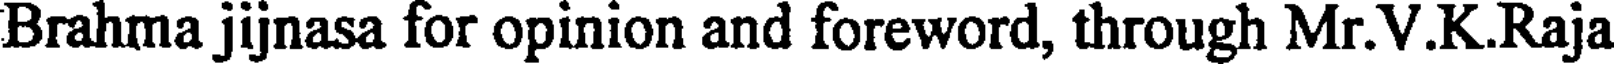
Brahma jijnasa for opinion and foreword, through Mr.V.K.Raja